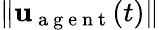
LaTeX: \| \mathbf{u}_{\mathrm{~a~g~e~n~t~}}(t)\|